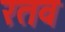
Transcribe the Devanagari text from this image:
रतव